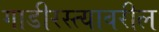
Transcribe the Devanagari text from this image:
गाडीरस्त्यावरील